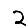
Digit: 2